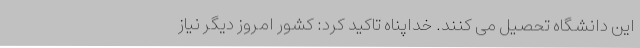
این دانشگاه تحصیل می کنند. خداپناه تاکید کرد: کشور امروز دیگر نیاز